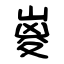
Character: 嵏